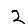
Digit: 2